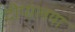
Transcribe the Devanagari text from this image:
दीपालया